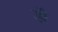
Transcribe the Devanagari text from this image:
डॅा